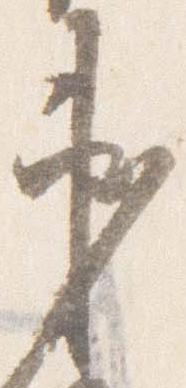
弟